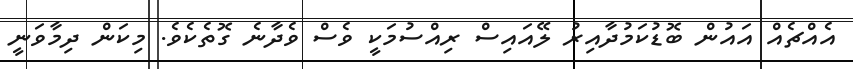
އެއްޗެއް އައުން ބޮޑުކަމުދާއިރު ލޭއައިސް ރިއްސުމަކީ ވެސް ވެދާނެ ގޮތެކެވެ. މިކަން ދިމާވަނީ